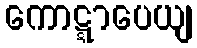
ကောဋ္ဋာပေယျ